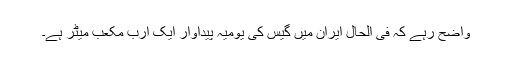
واضح رہے کہ فی الحال ایران میں گیس کی یومیہ پیداوار ایک ارب مکعب میٹر ہے۔